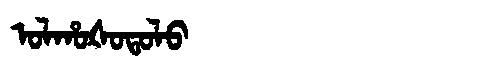
Manchu: ᠣᠯᡥᠣᡧᠣᡨᠣᠯᠣ
Romanization: OLHOŠOTOLO